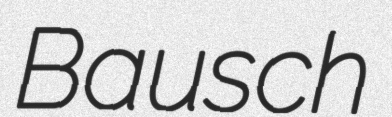
Bausch